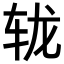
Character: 𨐇